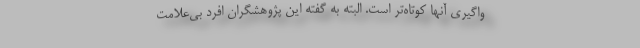
واگیری آنها کوتاه‌تر است. البته به گفته این پژوهشگران افرد بی‌علامت